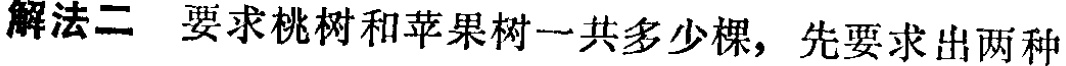
解法二 要求桃树和苹果树一共多少棵，先要求出两种